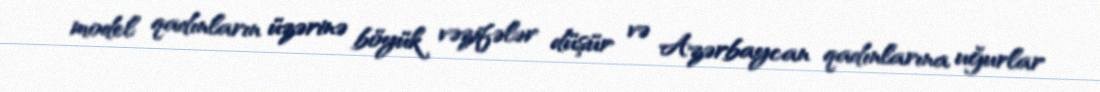
model qadınların üzərinə böyük vəzifələr düşür və Azərbaycan qadınlarına uğurlar